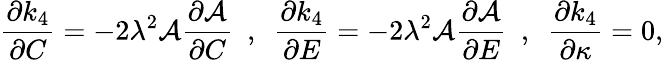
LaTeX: \frac{\partial k_{4}}{\partial C}=-2\lambda^{2}\mathcal{A}\frac{\partial\mathcal{A}}{\partial C}~~,~~\frac{\partial k_{4}}{\partial E}=-2\lambda^{2}\mathcal{A}\frac{\partial\mathcal{A}}{\partial E}~~,~~\frac{\partial k_{4}}{\partial\kappa}=0,